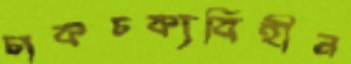
চাকচক্যবিহীন